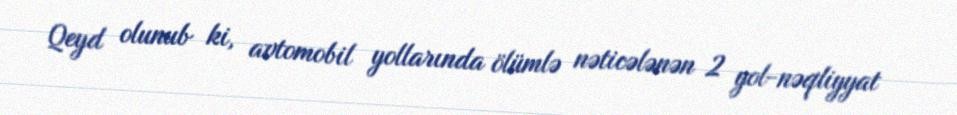
Qeyd olunub ki, avtomobil yollarında ölümlə nəticələnən 2 yol-nəqliyyat